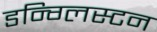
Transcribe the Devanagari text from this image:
डन्ग्लिस्टन